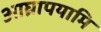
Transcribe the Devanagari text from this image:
आघ्रापयामि